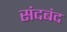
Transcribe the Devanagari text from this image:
संदबंद